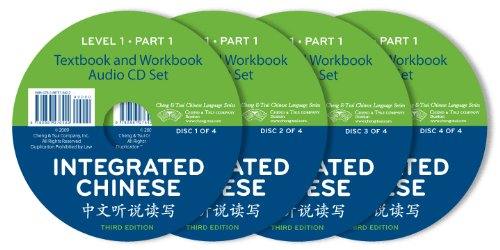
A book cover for Integrated Chinese: Level 1, Part 1, set of four  CDs (English and Chinese Edition); Tao-Chung Yao; Reference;